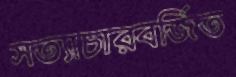
সত্যাচারবর্জিত